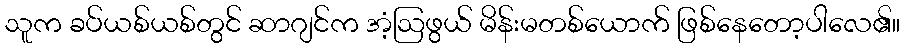
သူက ခပ်ယစ်ယစ်တွင် ဆာဂျင်က အံ့ဩဖွယ် မိန်းမတစ်ယောက် ဖြစ်နေတော့ပါလေ၏။